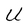
Character: U